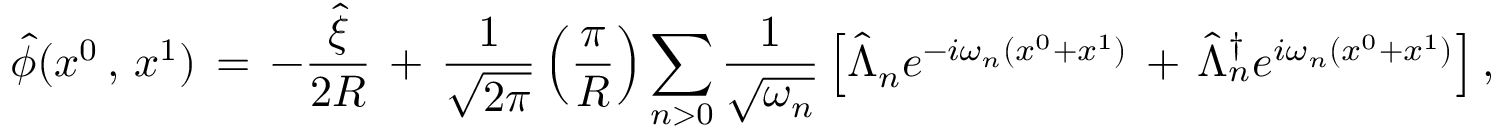
\hat { \phi } ( x ^ { 0 } \, , \, x ^ { 1 } ) \, = \, - \frac { \hat { \xi } } { 2 R } \, + \, \frac { 1 } { \sqrt { 2 \pi } } \left( \frac { \pi } { R } \right) \sum _ { n > 0 } \frac { 1 } { \sqrt { \omega _ { n } } } \left[ \hat { \Lambda } _ { n } e ^ { - i \omega _ { n } ( x ^ { 0 } + x ^ { 1 } ) } \, + \, \hat { \Lambda } _ { n } ^ { \dagger } e ^ { i \omega _ { n } ( x ^ { 0 } + x ^ { 1 } ) } \right] ,